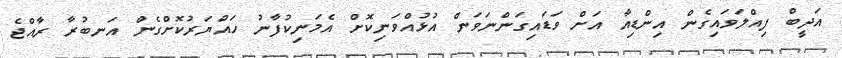
އަދީބް ފިއްލަވައިގެން އިންޑިއާ އަށް ވަޑައިގަންނަވަން އުޅުއްވަނިކޮށް އެމަނިކުފާނު ހައްޔަރުކޮށްގެން އަނބުރާ ރާއްޖެ